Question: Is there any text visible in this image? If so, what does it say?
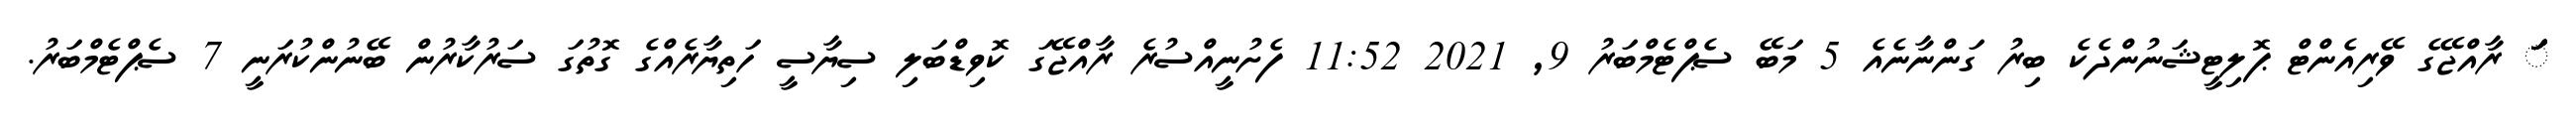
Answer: ަަަަަަަަަަަަަަަަަަަ ރާއްޖޭގެ ވޭރިއެންޓް ޕޮލިޓީޝަނުންދެކެ ބިރު ގަންނާނެއެ 5 މަބޭ ސެޕްޓެމްބަރު 9, 2021 11:52 ފެށުނީއްސުރެ ރާއްޖޭގަ ކޮވިޑްބަލި ސިޔާސީ ހަތިޔާރެއްގެ ގޮތުގަ ސަރުކާރުން ބޭނުންކުރަނީ 7 ސެޕްޓެމްބަރު.